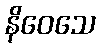
နိဝေသေ